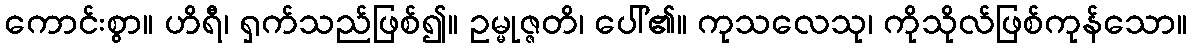
ကောင်းစွာ။ ဟိရီ၊ ရှက်သည်ဖြစ်၍။ ဥမ္မုဇ္ဇတိ၊ ပေါ်၏။ ကုသလေသု၊ ကိုသိုလ်ဖြစ်ကုန်သော။